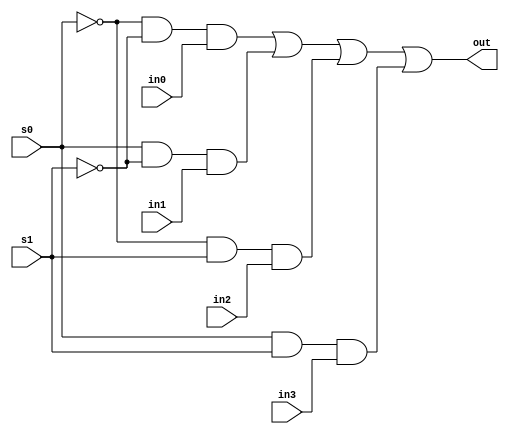
module mux_4(in0, in1, in2, in3, s0, s1, out);

    input in0, in1, in2, in3, s0, s1;
    output out;

    wire n0, n1;
    not (n0, s0);
    not (n1, s1);

    wire w0;
    and (w0, n0, n1, in0);

    wire w1;
    and (w1, s0, n1, in1);

    wire w2;
    and (w2, n0, s1, in2);

    wire w3;
    and (w3, s0, s1, in3);

    or (out, w0, w1, w2, w3);

endmodule